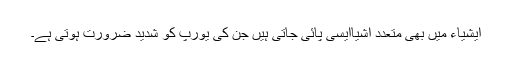
ایشیاء میں بھی متعدد اشیاایسی پائی جاتی ہیں جن کی یورپ کو شدید ضرورت ہوتی ہے۔